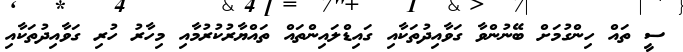
ސީ ތައް ހިންގުމަށް ބޭނުންވާ ގަވާއިދުތަކާއި ގައިޑްލައިންތައް ތައްޔާރުކުރުމާއި މިހާރު ހުރި ގަވާއިދުތަކާއި